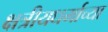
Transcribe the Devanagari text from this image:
क्षत्रीयधर्माच्या